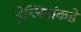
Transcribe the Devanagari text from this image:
ड्रेन्जिनांकडे